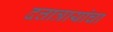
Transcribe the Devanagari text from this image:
दत्तात्रायांचा